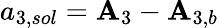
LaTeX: {a_{3,sol}}={\mathbf{A}_{3}}-{\mathbf{A}_{3,b}}